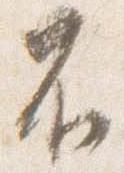
不